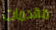
مقدمات